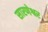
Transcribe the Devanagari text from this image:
सारणेश्वर